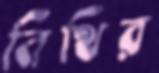
নিথির